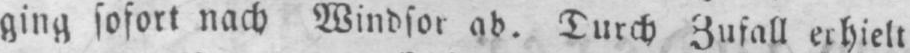
ging sofort nach Windsor ab. Durch Zufall erhielt